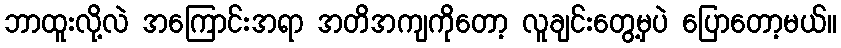
ဘာထူးလို့လဲ အကြောင်းအရာ အတိအကျကိုတော့ လူချင်းတွေ့မှပဲ ပြောတော့မယ်။